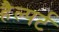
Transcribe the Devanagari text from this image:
हैल्पर्ट